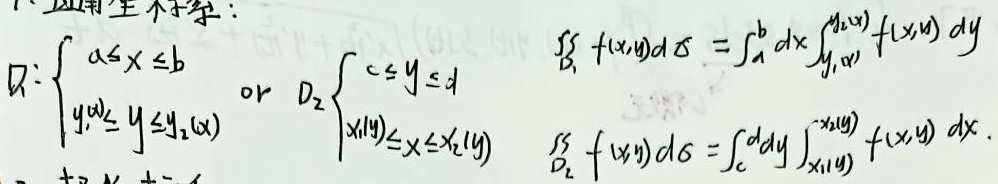
区域\(D_1\)表示为\(\begin{cases}a\leq x \leq b \\y_1(x)\leq y \leq y_2(x)\end{cases}\) 或区域\(D_2\)表示为\(\begin{cases}c\leq y \leq d \\x_1(y)\leq x \leq x_2(y)\end{cases}\)。

\[\iint\limits_{D_1} f(x,y)d\sigma = \int_{a}^{b} dx \int_{y_1(x)}^{y_2(x)} f(x,y) dy\]

\[\iint\limits_{D_2} f(x,y)d\sigma = \int_{c}^{d} dy \int_{x_1(y)}^{x_2(y)} f(x,y) dx\]